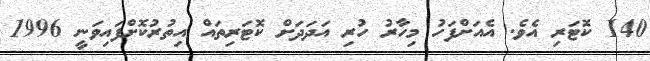
140 ކޮޓަރި އެވެ. އެއަށްފަހު މިހާރު ހުރި އަދަދަށް ކޮޓަރިތައް އިތުރުކޮށްފައިވަނީ 1996